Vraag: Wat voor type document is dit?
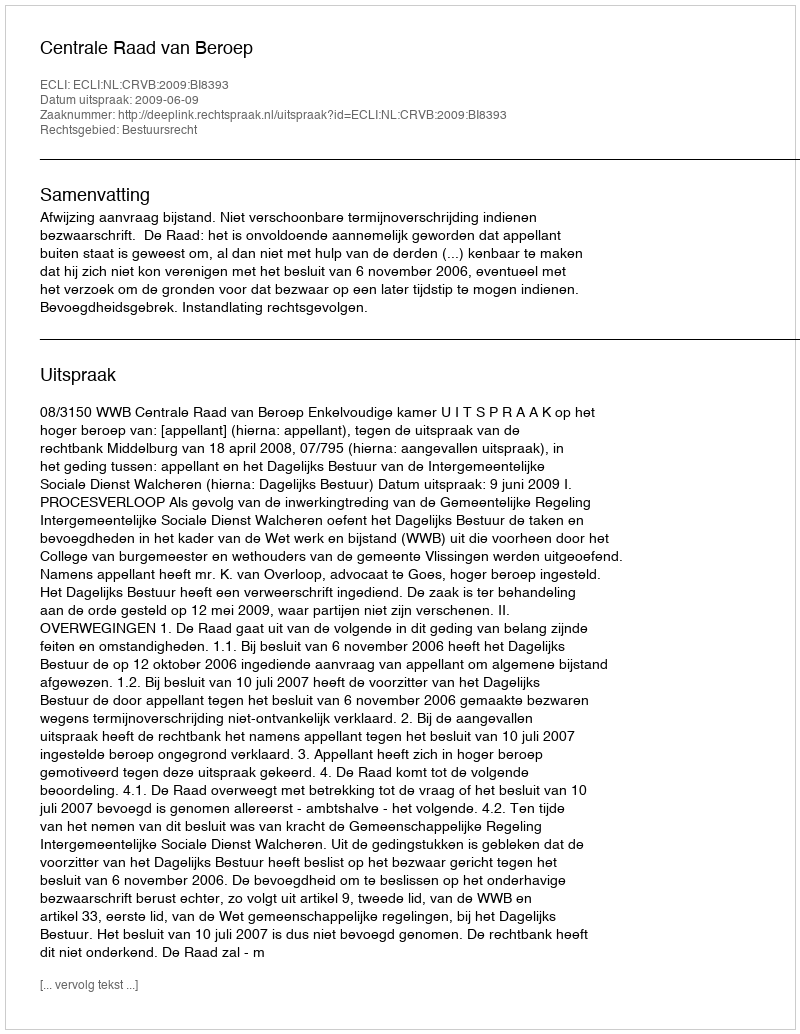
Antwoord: Uitspraak